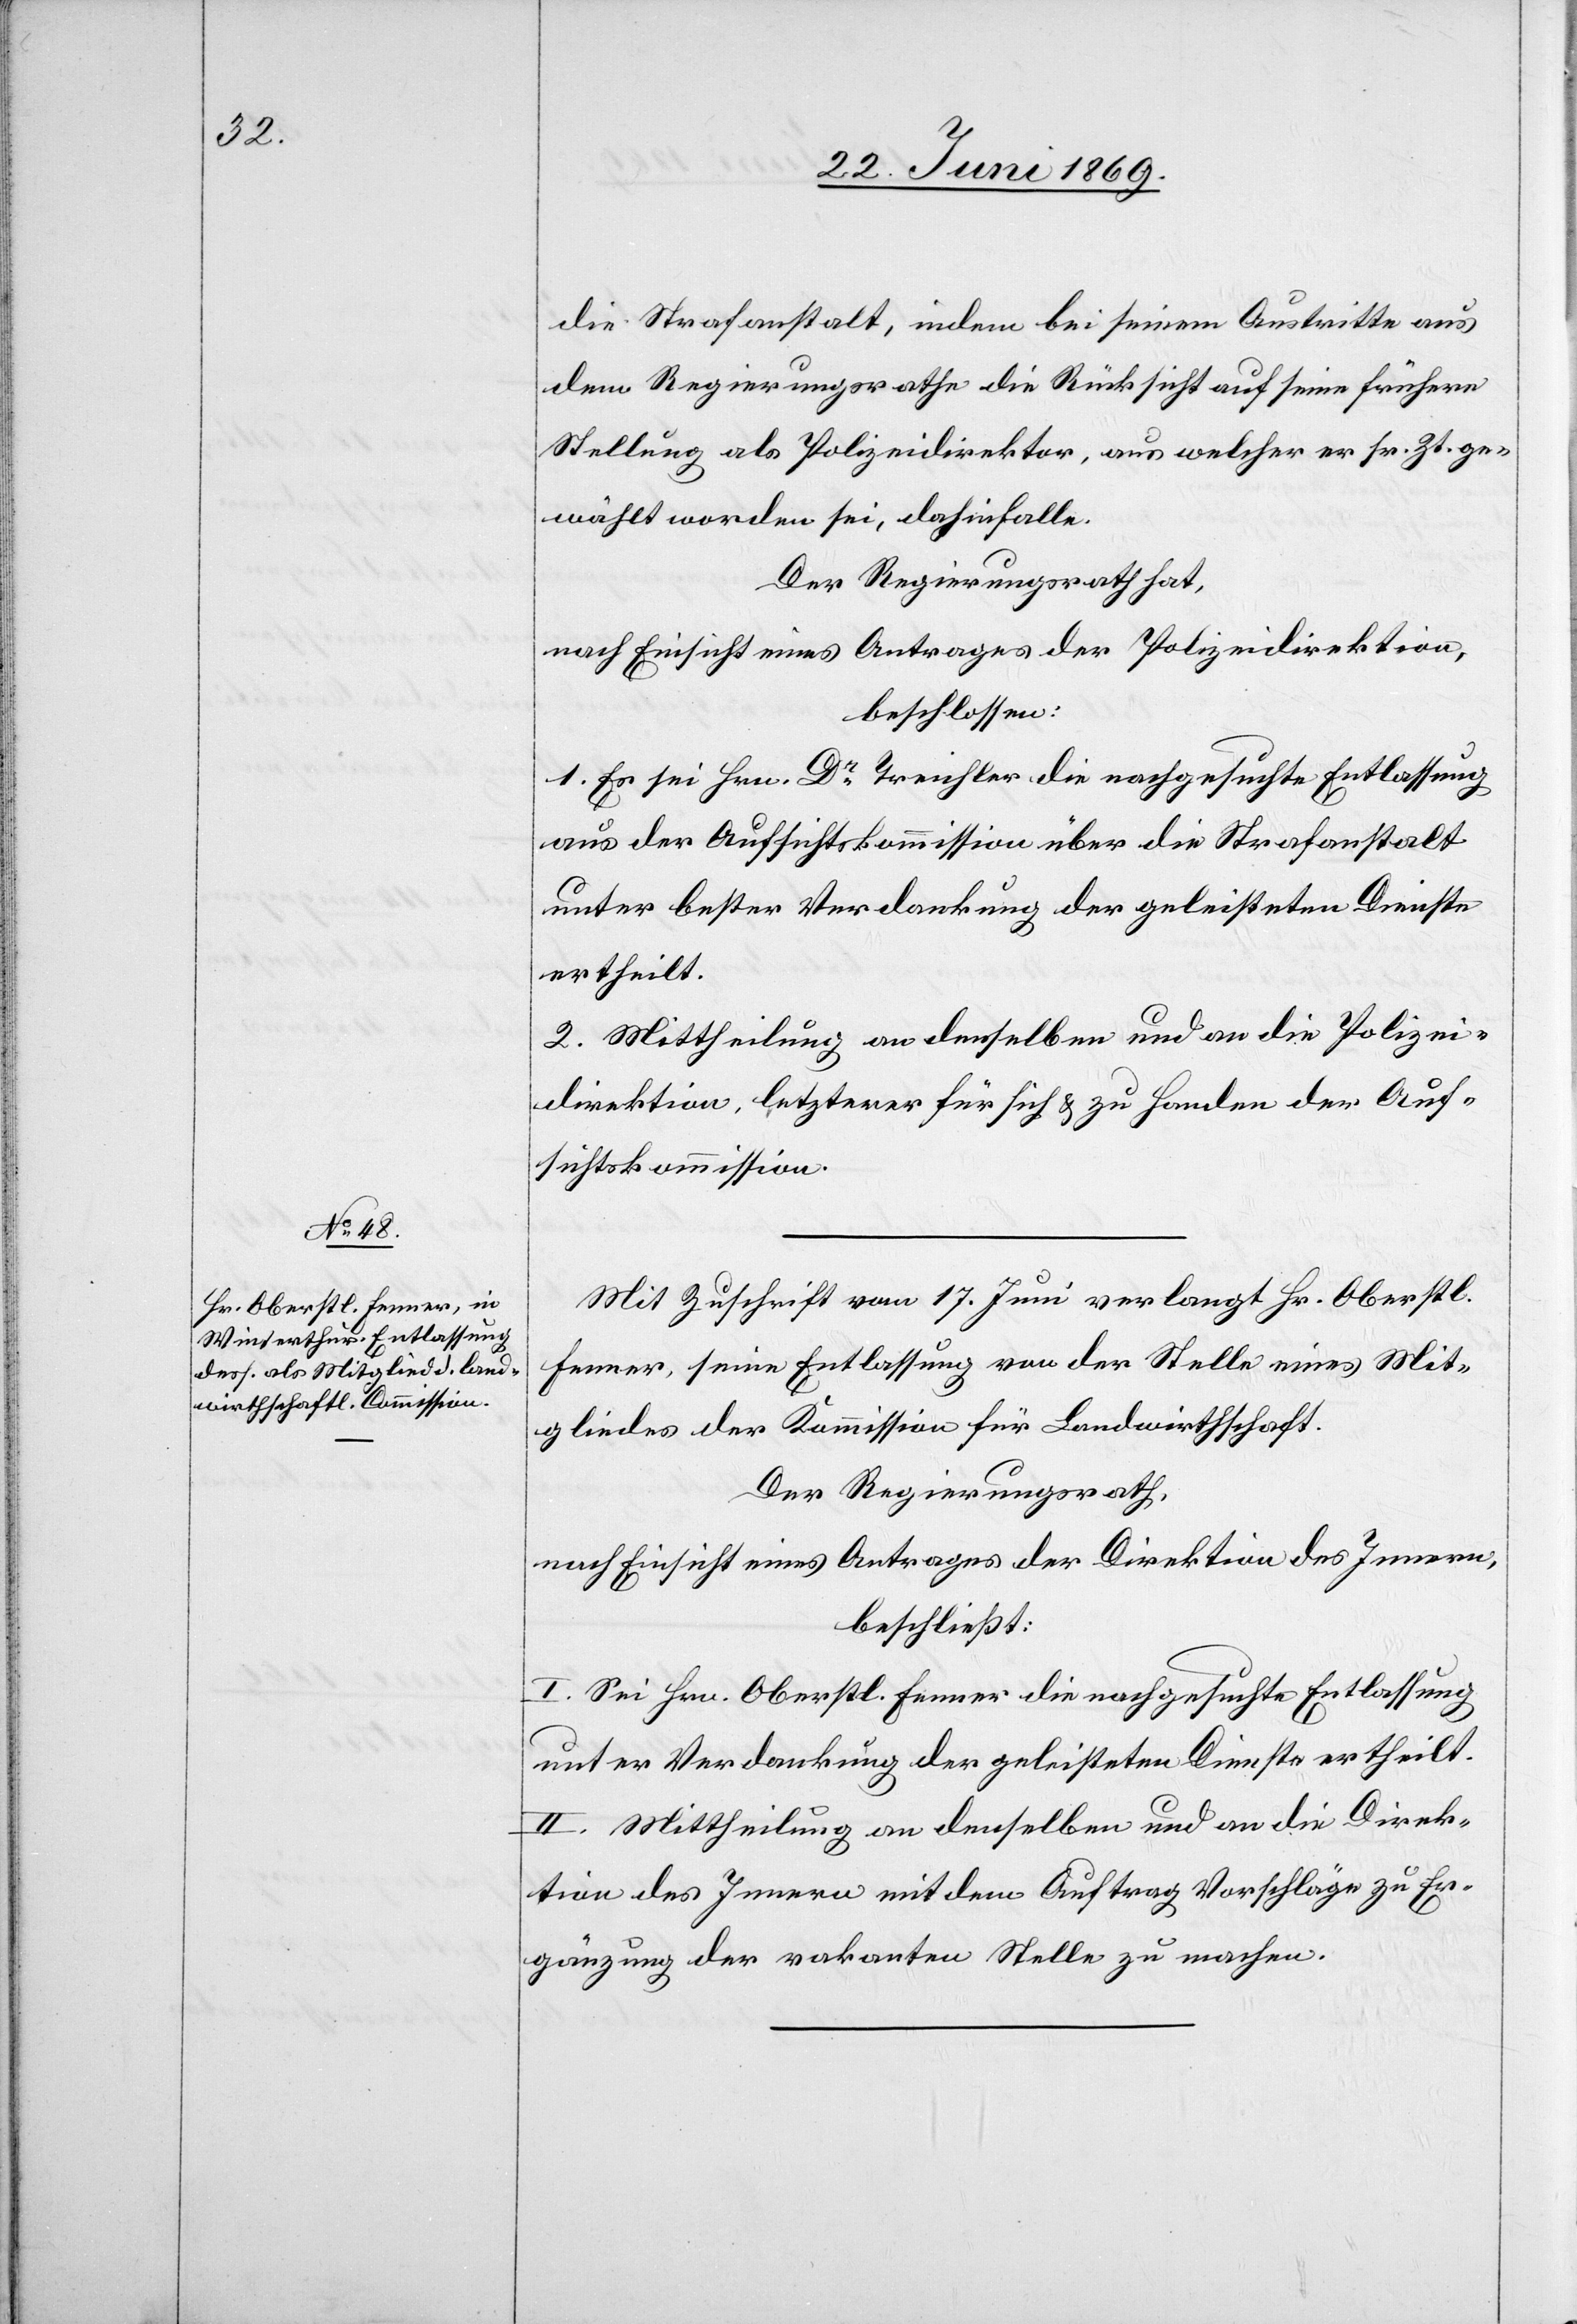
die Strafanstalt, indem bei seinem Austritte aus
dem Regierungsrathe die Rücksicht auf seine frühere
Stellung als Polizeidirektor, aus welcher er sr. Zt. ge¬
wählt worden sei, dahinfalle.
Der Regierungsrath hat,
nach Einsicht eines Antrages der Polizeidirektion,
beschlossen:
1. Es sei Hrn. Dr Treichler die nachgesuchte Entlassung
aus der Aufsichtskommission über die Strafanstalt
unter bester Verdankung der geleisteten Dienste
ertheilt.
2. Mittheilung an denselben und an die Polizei¬
direktion, letzterer für sich u. zu Handen der Auf¬
sichtskommission.
Mit Zuschrift vom 17. Juni verlangt Hr. Oberstl.
Fenner, seine Entlassung von der Stelle eines Mit¬
gliedes der Kommission für Landwirthschaft.
Der Regierungsrath,
beschließt:
I. Sei Hrn. Oberstl. Fenner die nachgesuchte Entlassung
unter Verdankung der geleisteten Dienste ertheilt.
II. Mittheilung an denselben und an die Direk¬
tion des Innern mit dem Antrag Vorschläge zu Er¬
gänzung der vakanten Stelle zu machen.